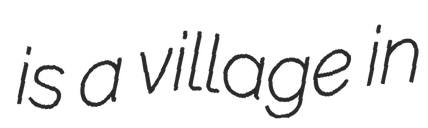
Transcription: is a village in